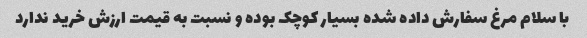
با سلام مرغ سفارش داده شده بسیار کوچک بوده و نسبت به قیمت ارزش خرید ندارد